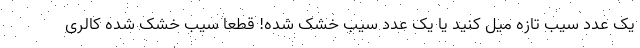
یک عدد سیب تازه میل کنید یا یک عدد سیب خشک شده! قطعا سیب خشک شده کالری